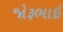
જોરૂભાઇ